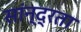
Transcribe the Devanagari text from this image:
सांन्द्रता